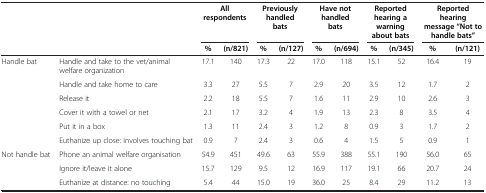
<table><thead><tr><td><b> </b></td><td><b> </b></td><td colspan="2"><b>All respondents</b></td><td colspan="2"><b>Previously handled bats</b></td><td colspan="2"><b>Have not handled bats</b></td><td colspan="2"><b>Reported hearing a warning about bats</b></td><td colspan="2"><b>Reported hearing message “Not to handle bats”</b></td></tr><tr><td><b> </b></td><td><b> </b></td><td><b>%</b></td><td><b>(n/821)</b></td><td><b>%</b></td><td><b>(n/127)</b></td><td><b>%</b></td><td><b>(n/694)</b></td><td><b>%</b></td><td><b>(n/345)</b></td><td><b>%</b></td><td><b>(n/121)</b></td></tr></thead><tbody><tr><td rowspan="6">Handle bat</td><td>Handle and take to the vet/animal welfare organization</td><td>17.1</td><td>140</td><td>17.3</td><td>22</td><td>17.0</td><td>118</td><td>15.1</td><td>52</td><td>16.4</td><td>19</td></tr><tr><td>Handle and take home to care</td><td>3.3</td><td>27</td><td>5.5</td><td>7</td><td>2.9</td><td>20</td><td>3.5</td><td>12</td><td>1.7</td><td>2</td></tr><tr><td>Release it</td><td>2.2</td><td>18</td><td>5.5</td><td>7</td><td>1.6</td><td>11</td><td>2.9</td><td>10</td><td>2.6</td><td>3</td></tr><tr><td>Cover it with a towel or net</td><td>2.1</td><td>17</td><td>3.2</td><td>4</td><td>1.9</td><td>13</td><td>2.3</td><td>8</td><td>3.5</td><td>4</td></tr><tr><td>Put it in a box</td><td>1.3</td><td>11</td><td>2.4</td><td>3</td><td>1.2</td><td>8</td><td>0.9</td><td>3</td><td>1.7</td><td>2</td></tr><tr><td>Euthanize up close: involves touching bat</td><td>0.9</td><td>7</td><td>2.4</td><td>3</td><td>0.6</td><td>4</td><td>1.5</td><td>5</td><td>0.9</td><td>1</td></tr><tr><td rowspan="3">Not handle bat</td><td>Phone an animal welfare organisation</td><td>54.9</td><td>451</td><td>49.6</td><td>63</td><td>55.9</td><td>388</td><td>55.1</td><td>190</td><td>56.0</td><td>65</td></tr><tr><td>Ignore it/leave it alone</td><td>15.7</td><td>129</td><td>9.5</td><td>12</td><td>16.9</td><td>117</td><td>19.1</td><td>66</td><td>20.7</td><td>24</td></tr><tr><td>Euthanize at distance: no touching</td><td>5.4</td><td>44</td><td>15.0</td><td>19</td><td>36.0</td><td>25</td><td>8.4</td><td>29</td><td>11.2</td><td>13</td></tr></tbody></table>